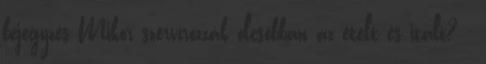
bejegyzés Mikor szervírozzák olcsóbban az ételt és italt? -